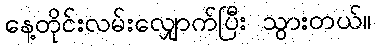
နေ့တိုင်းလမ်းလျှောက်ပြီး သွားတယ်။